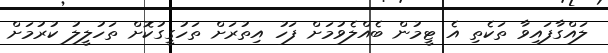
ލައްގާފައިވާ ތަކެތި އެ ޓީމުން ބެއްލެވުމަށް ފަހު އިތުރަށް ތަހުގީގުކޮށް ތަހުލީލު ކުރުމަށް